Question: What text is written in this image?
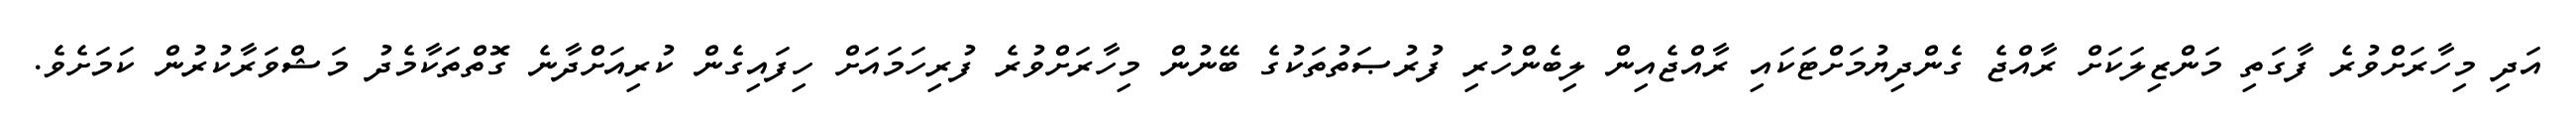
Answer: އަދި މިހާރަށްވުރެ ފާގަތި މަންޒިލަކަށް ރާއްޖެ ގެންދިޔުމަށްޓަކައި ރާއްޖެއިން ލިބެންހުރި ފުރުޞަތުތަކުގެ ބޭނުން މިހާރަށްވުރެ ފުރިހަމައަށް ހިފައިގެން ކުރިއަށްދާނެ ގޮތްތަކާމެދު މަޝްވަރާކުރުން ކަމަށެވެ.